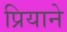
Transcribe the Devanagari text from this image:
प्रियाने